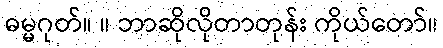
ဓမ္မဂုတ်။ ။ ဘာဆိုလိုတာတုန်း ကိုယ်တော်။